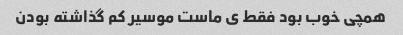
همچی خوب بود فقط ی ماست موسیر کم گذاشته بودن